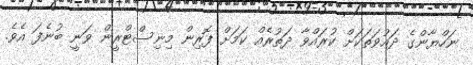
ނަހްޔާންގެ ދައުވަތަކަށް ކުރައްވާ ދަތުރެއް ކަމަށް ފޮރިން މިނިސްޓްރީން ވަނީ ބުނެފަ އެވެ.